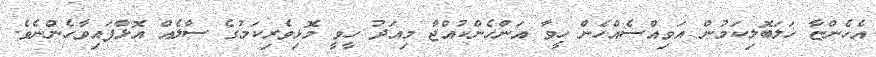
އެހެންޏާ ހަލަބޮލިކަމުން އަވިއްސެއްހެން ހީވާ އަންހެންކުއްޖާ މިއަދު ހީވީ މޮޅިވެރިކަމުގެ ސާލެއް އޮޅާފައިވާހެންނެވެ.